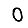
Digit: 0